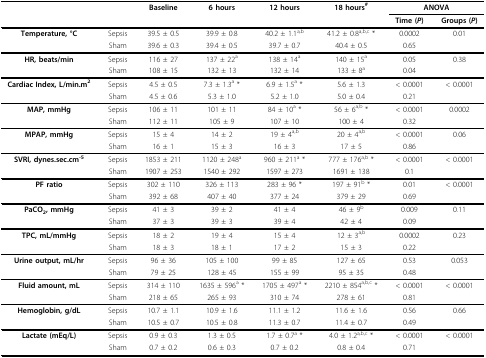
<table><thead><tr><td></td><td></td><td><b>Baseline</b></td><td><b>6 hours</b></td><td><b>12 hours</b></td><td><b>18 hours<sup>#</sup></b></td><td colspan="2"><b>ANOVA</b></td></tr><tr><td></td><td></td><td></td><td></td><td></td><td></td><td><b>Time (<i>P</i>)</b></td><td><b>Groups (<i>P</i>)</b></td></tr></thead><tbody><tr><td><b>Temperature, °C</b></td><td>Sepsis</td><td>39.5 ± 0.5</td><td>39.9 ± 0.8</td><td>40.2 ± 1.1<sup>a,b</sup></td><td>41.2 ± 0.8<sup>a,b,c </sup>*</td><td>0.0002</td><td>0.01</td></tr><tr><td></td><td>Sham</td><td>39.6 ± 0.3</td><td>39.4 ± 0.5</td><td>39.7 ± 0.7</td><td>40.4 ± 0.5</td><td>0.65</td><td></td></tr><tr><td><b>HR, beats/min</b></td><td>Sepsis</td><td>116 ± 27</td><td>137 ± 22<sup>a</sup></td><td>138 ± 14<sup>a</sup></td><td>140 ± 15<sup>a</sup></td><td>0.05</td><td>0.38</td></tr><tr><td></td><td>Sham</td><td>108 ± 15</td><td>132 ± 13</td><td>132 ± 14</td><td>133 ± 8<sup>a</sup></td><td>0.04</td><td></td></tr><tr><td><b>Cardiac Index, L/min.m<sup>2</sup></b></td><td>Sepsis</td><td>4.5 ± 0.5</td><td>7.3 ± 1.3<sup>a </sup>*</td><td>6.9 ± 1.5<sup>a </sup>*</td><td>5.6 ± 1.3</td><td>&lt; 0.0001</td><td>&lt; 0.0001</td></tr><tr><td></td><td>Sham</td><td>4.5 ± 0.6</td><td>5.3 ± 1.0</td><td>5.2 ± 1.0</td><td>5.0 ± 0.4</td><td>0.21</td><td></td></tr><tr><td><b>MAP, mmHg</b></td><td>Sepsis</td><td>106 ± 11</td><td>101 ± 11</td><td>84 ± 10<sup>a </sup>*</td><td>56 ± 6<sup>a,b </sup>*</td><td>&lt; 0.0001</td><td>0.0002</td></tr><tr><td></td><td>Sham</td><td>112 ± 11</td><td>105 ± 9</td><td>107 ± 10</td><td>100 ± 4</td><td>0.32</td><td></td></tr><tr><td><b>MPAP, mmHg</b></td><td>Sepsis</td><td>15 ± 4</td><td>14 ± 2</td><td>19 ± 4<sup>a,b</sup></td><td>20 ± 4<sup>a,b</sup></td><td>&lt; 0.0001</td><td>0.06</td></tr><tr><td></td><td>Sham</td><td>16 ± 1</td><td>15 ± 3</td><td>16 ± 3</td><td>17 ± 5</td><td>0.86</td><td></td></tr><tr><td><b>SVRI, dynes.sec.cm<sup>-5</sup></b></td><td>Sepsis</td><td>1853 ± 211</td><td>1120 ± 248<sup>a</sup></td><td>960 ± 211<sup>a </sup>*</td><td>777 ± 176<sup>a,b </sup>*</td><td>&lt; 0.0001</td><td>&lt; 0.0001</td></tr><tr><td></td><td>Sham</td><td>1907 ± 253</td><td>1540 ± 292</td><td>1597 ± 273</td><td>1691 ± 138</td><td>0.1</td><td></td></tr><tr><td><b>PF ratio</b></td><td>Sepsis</td><td>302 ± 110</td><td>326 ± 113</td><td>283 ± 96 *</td><td>197 ± 91<sup>b </sup>*</td><td>0.01</td><td>&lt; 0.0001</td></tr><tr><td></td><td>Sham</td><td>392 ± 68</td><td>407 ± 40</td><td>377 ± 24</td><td>379 ± 29</td><td>0.69</td><td></td></tr><tr><td><b>PaCO2, mmHg</b></td><td>Sepsis</td><td>41 ± 3</td><td>39 ± 2</td><td>41 ± 4</td><td>46 ± 9<sup>b</sup></td><td>0.009</td><td>0.11</td></tr><tr><td></td><td>Sham</td><td>37 ± 3</td><td>39 ± 3</td><td>39 ± 4</td><td>42 ± 4</td><td>0.09</td><td></td></tr><tr><td><b>TPC, mL/mmHg</b></td><td>Sepsis</td><td>18 ± 2</td><td>19 ± 4</td><td>15 ± 4</td><td>12 ± 3<sup>a,b</sup></td><td>0.0002</td><td>0.23</td></tr><tr><td></td><td>Sham</td><td>18 ± 3</td><td>18 ± 1</td><td>17 ± 2</td><td>15 ± 3</td><td>0.22</td><td></td></tr><tr><td><b>Urine output, mL/hr</b></td><td>Sepsis</td><td>96 ± 36</td><td>105 ± 100</td><td>99 ± 85</td><td>127 ± 65</td><td>0.53</td><td>0.053</td></tr><tr><td></td><td>Sham</td><td>79 ± 25</td><td>128 ± 45</td><td>155 ± 99</td><td>95 ± 35</td><td>0.48</td><td></td></tr><tr><td><b>Fluid amount, mL</b></td><td>Sepsis</td><td>314 ± 110</td><td>1635 ± 596<sup>a </sup>*</td><td>1705 ± 497<sup>a </sup>*</td><td>2210 ± 854<sup>a,b,c </sup>*</td><td>&lt; 0.0001</td><td>&lt; 0.0001</td></tr><tr><td></td><td>Sham</td><td>218 ± 65</td><td>265 ± 93</td><td>310 ± 74</td><td>278 ± 61</td><td>0.81</td><td></td></tr><tr><td><b>Hemoglobin, g/dL</b></td><td>Sepsis</td><td>10.7 ± 1.1</td><td>10.9 ± 1.6</td><td>11.1 ± 1.2</td><td>11.6 ± 1.6</td><td>0.56</td><td>0.66</td></tr><tr><td></td><td>Sham</td><td>10.5 ± 0.7</td><td>10.5 ± 0.8</td><td>11.3 ± 0.7</td><td>11.4 ± 0.7</td><td>0.49</td><td></td></tr><tr><td><b>Lactate (mEq/L)</b></td><td>Sepsis</td><td>0.9 ± 0.3</td><td>1.3 ± 0.5</td><td>1.7 ± 0.7<sup>a </sup>*</td><td>4.0 ± 1.2<sup>a,b,c </sup>*</td><td>&lt; 0.0001</td><td>&lt; 0.0001</td></tr><tr><td></td><td>Sham</td><td>0.7 ± 0.2</td><td>0.6 ± 0.3</td><td>0.7 ± 0.2</td><td>0.8 ± 0.4</td><td>0.71</td><td></td></tr></tbody></table>